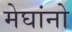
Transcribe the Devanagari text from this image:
मेघांनो